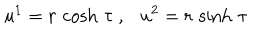
LaTeX: u ^ { 1 } = r \, \cosh \, \tau \ , \ \ \ u ^ { 2 } = r \, \sinh \, \tau